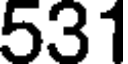
531